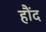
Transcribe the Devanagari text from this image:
हौंद